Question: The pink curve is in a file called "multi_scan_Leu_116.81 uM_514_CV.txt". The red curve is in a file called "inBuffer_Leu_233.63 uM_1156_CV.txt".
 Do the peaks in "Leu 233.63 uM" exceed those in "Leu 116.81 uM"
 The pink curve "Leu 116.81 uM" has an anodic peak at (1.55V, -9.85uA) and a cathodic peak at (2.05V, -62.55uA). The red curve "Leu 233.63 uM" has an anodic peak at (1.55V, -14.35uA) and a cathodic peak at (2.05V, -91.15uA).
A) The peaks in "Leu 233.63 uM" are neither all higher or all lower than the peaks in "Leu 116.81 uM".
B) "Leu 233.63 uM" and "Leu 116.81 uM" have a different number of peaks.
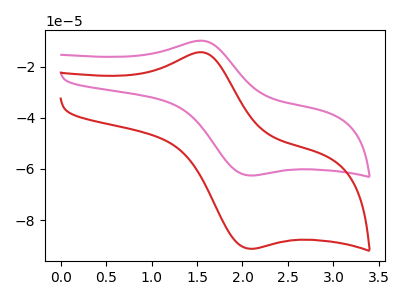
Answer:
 <answer>A) The peaks in "Leu 233.63 uM" are neither all higher or all lower than the peaks in "Leu 116.81 uM".</answer>
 <eval>A</eval>